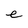
Character: e